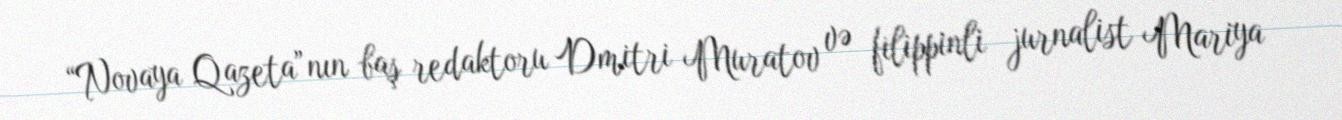
“Novaya Qazeta”nın baş redaktoru Dmitri Muratov və filippinli jurnalist Mariya